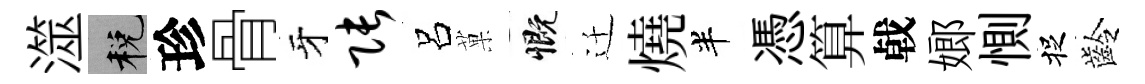
澨税珍骨牙张呂菓慨迁燒半憑算㦸嫏惻捉齡